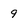
Character: 9